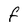
Character: F